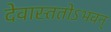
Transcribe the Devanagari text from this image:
देवास्ततोऽभवन्